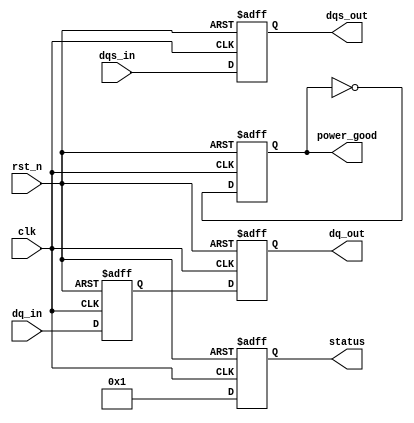
module gddr6_io_block #(
    parameter DATA_WIDTH = 16,  // Number of DQ Lines
    parameter DQS_WIDTH = 2      // Number of DQS Lines
)(
    input wire clk,               // System Clock
    input wire rst_n,             // Active low reset
    input wire [(DATA_WIDTH-1):0] dq_in,   // Data Input (DQs)
    output wire [(DATA_WIDTH-1):0] dq_out,  // Data Output
    input wire [(DQS_WIDTH-1):0] dqs_in,     // Data Strobe Input
    output wire [(DQS_WIDTH-1):0] dqs_out,    // Data Strobe Output
    output reg [7:0] status,      // Status Register for BIST or Diagnostics
    output reg power_good          // Power Management Signal
);

    // Internal Signals
    reg [DATA_WIDTH-1:0] data_reg; // Register to hold incoming data
    reg [DATA_WIDTH-1:0] data_out_reg; // Register for outgoing data
    reg [DQS_WIDTH-1:0] dqs_reg;      // DQS Strobe Register

    // Clock Domain Control and DQS generation
    always @(posedge clk or negedge rst_n) begin
        if (!rst_n) begin
            data_reg <= 0;
            data_out_reg <= 0;
            dqs_reg <= 0;
            status <= 0;
            power_good <= 0; // Initial low power state
        end else begin
            // Placeholder: Implementing data transfer logic
            data_reg <= dq_in; // Data received from external source
            data_out_reg <= data_reg; // Example data processing

            // Update DQS signal for output
            dqs_reg <= dqs_in; // Capture incoming DQS

            // Example status reporting
            status <= 8'b00000001;

            // Example power management (simple toggle for demonstration)
            power_good <= ~power_good;
        end
    end

    // Assigning output signals
    assign dq_out = data_out_reg; // Assign processed data to output
    assign dqs_out = dqs_reg;      // Assign DQS to output

endmodule